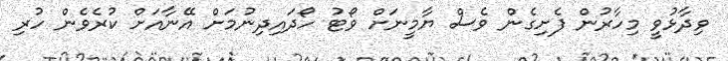
ވިދާޅުވީ މިހާރުން ފެށިގެން ވެސް ޔާމީނަށް ވޯޓު ހޯދައިދިނުމަށް އޭނާއަށް ކުރެވެން ހުރި